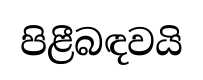
පිළීබඳවයි